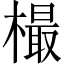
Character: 樶